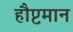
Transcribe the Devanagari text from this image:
हौप्टमान